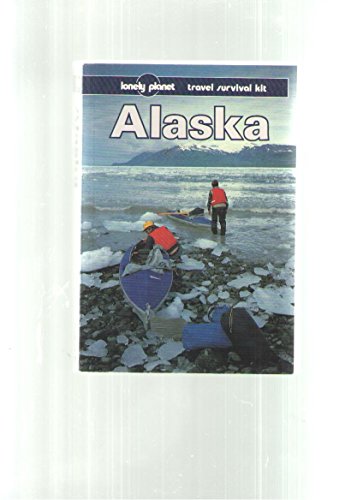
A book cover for Lonely Planet Alaska (Lonely Planet Travel Survival Kit); Jim Dufresne; Travel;